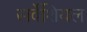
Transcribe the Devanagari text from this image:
सर्वेशियल